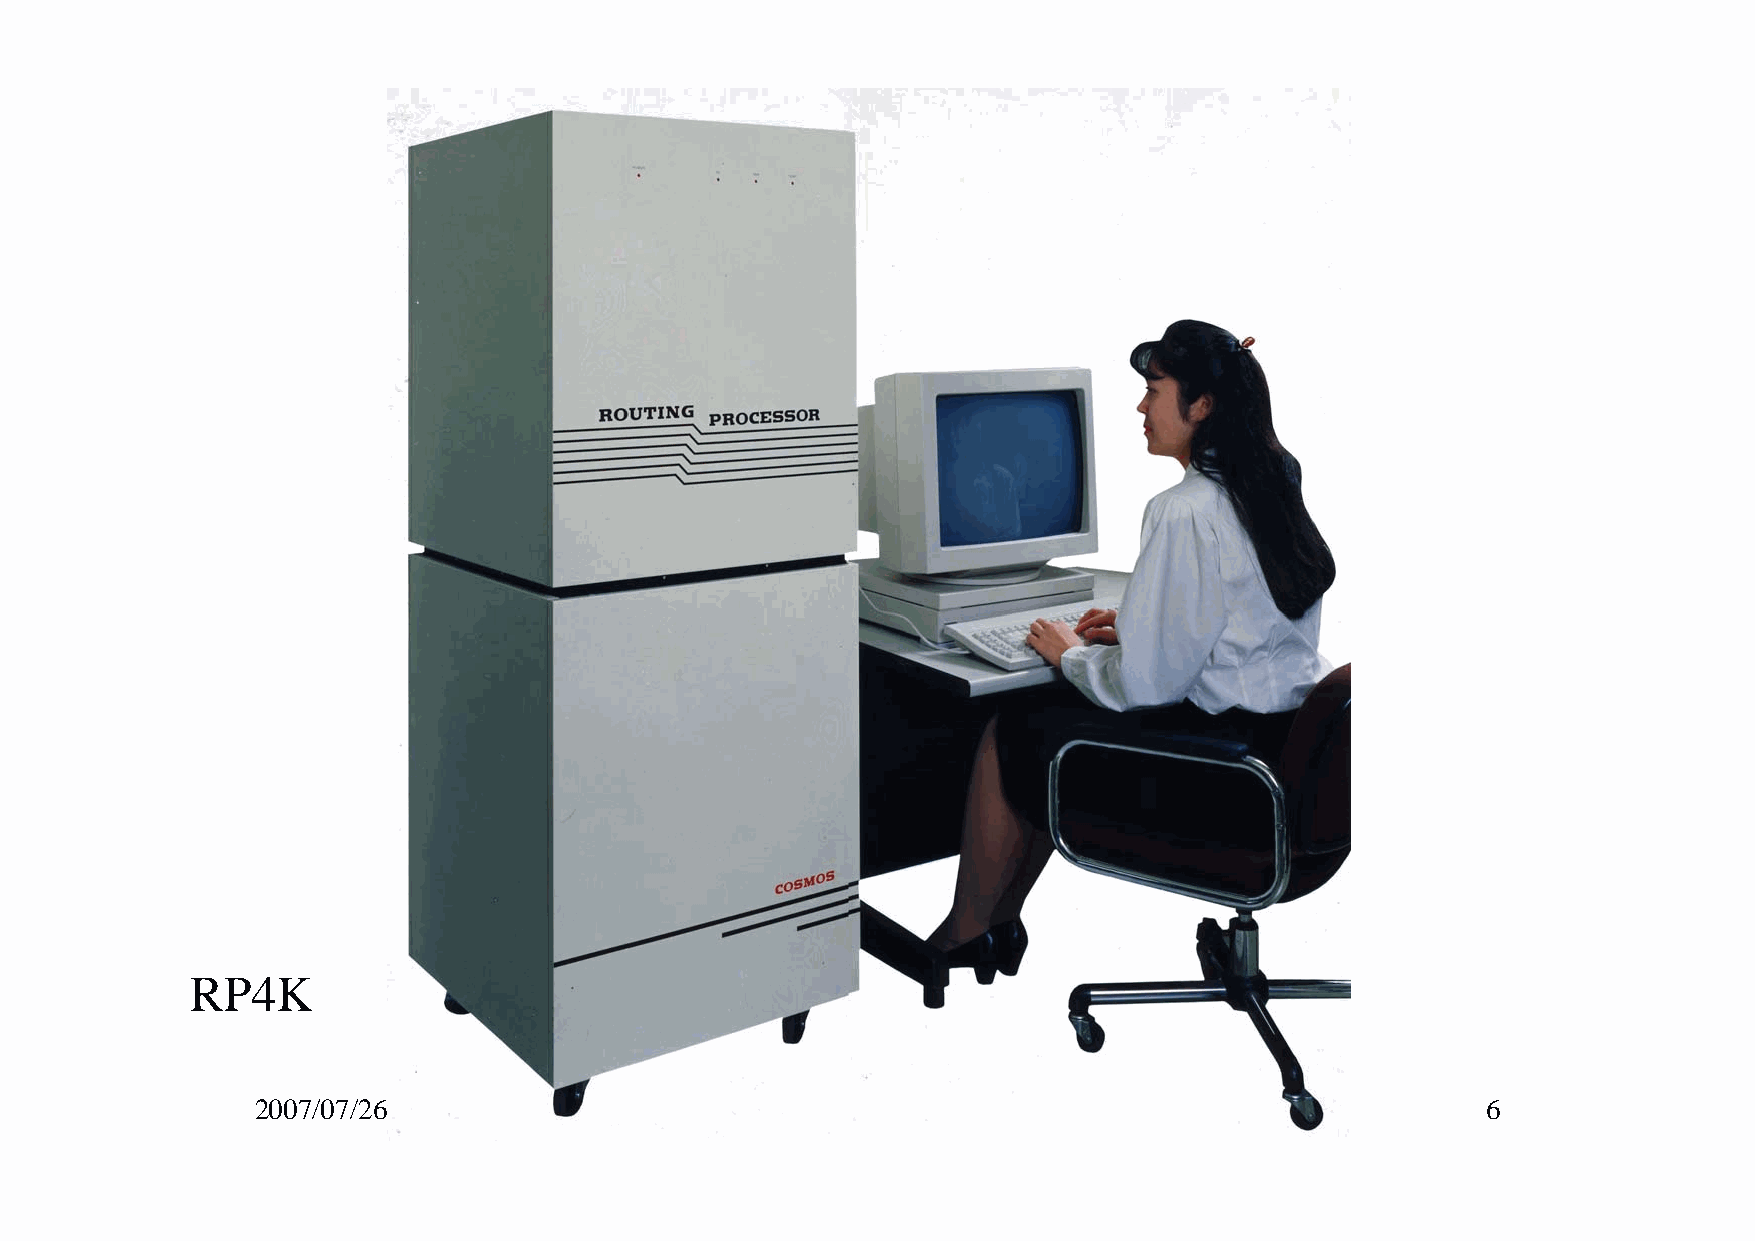
RP4K
 2007/07/26               All Right Reserved(C)2007情報システム論-石井                     6